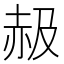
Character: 𧹜